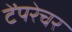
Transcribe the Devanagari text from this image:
टेंपरेचर